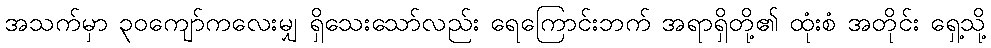
အသက်မှာ ၃၀ကျော်ကလေးမျှ ရှိသေးသော်လည်း ရေကြောင်းဘက် အရာရှိတို့၏ ထုံးစံ အတိုင်း ရှေ့သို့